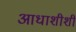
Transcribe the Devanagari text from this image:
आधाशीशी